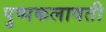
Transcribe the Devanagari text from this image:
पुष्पकलावती